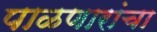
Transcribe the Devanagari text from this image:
पाळणारांचा